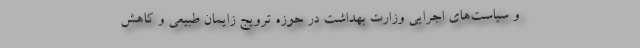
و سیاست‌های اجرایی وزارت بهداشت در حوزه ترویج زایمان طبیعی و کاهش